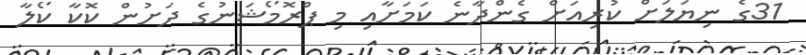
31ގެ ނިޔަލަށް ކުރިއަށް ގެންދާނެ ކަމަށާއި މި ޕްރޮމޯޝަނުގެ ދަށުން ކޮކާ ކޯލާ